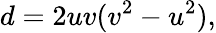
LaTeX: d=2uv(v^{2}-u^{2}),